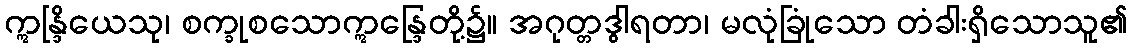
ဣန္ဒြိယေသု၊ စက္ခုစသောဣန္ဒြေတို့၌။ အဂုတ္တဒွါရတာ၊ မလုံခြုံသော တံခါးရှိသောသူ၏